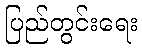
ပြည်တွင်းရေး